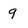
Character: 9